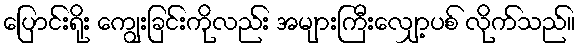
ပြောင်းရိုး ကျွေးခြင်းကိုလည်း အများကြီးလျှော့ပစ် လိုက်သည်။